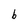
Character: b